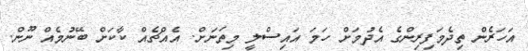
އަހަރެން ތިދެމަފިރިންގެ އެދުމަށް ހަމަ އައިސްލީ މިތަނަށް. އެއްޗެއް ކާކަށް ބޭނުމެއް ނޫން.